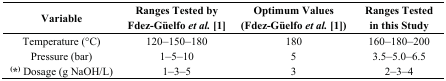
<table><thead><tr><td><b>Variable</b></td><td><b>Ranges Tested by Fdez-Güelfo <i>et al.</i> [1]</b></td><td><b>Optimum Values (Fdez-Güelfo <i>et al.</i> [1])</b></td><td><b>Ranges Tested in this Study</b></td></tr></thead><tbody><tr><td>Temperature (°C)</td><td>120–150–180</td><td>180</td><td>160–180–200</td></tr><tr><td>Pressure (bar)</td><td>1–5–10</td><td>5</td><td>3.5–5.0–6.5</td></tr><tr><td><b><sup>(</sup>*<sup>)</sup></b> Dosage (g NaOH/L)</td><td>1–3–5</td><td>3</td><td>2–3–4</td></tr></tbody></table>